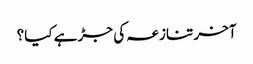
آخر تنازعہ کی جڑ ہے کیا؟